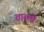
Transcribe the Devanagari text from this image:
तारली